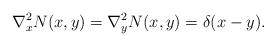
LaTeX: \begin{align*}\nabla^2_x N(x,y) = \nabla^2_y N(x,y) = \delta(x-y).\end{align*}